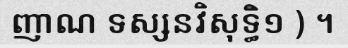
ញាណ ទស្សនវិសុទ្ធិ១ ) ។